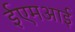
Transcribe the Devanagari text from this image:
ईएमअाई